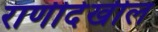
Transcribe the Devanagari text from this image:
राणीदेखील